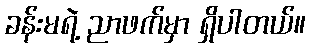
ခန်းမရဲ့ ညာဖက်မှာ ရှိပါတယ်။